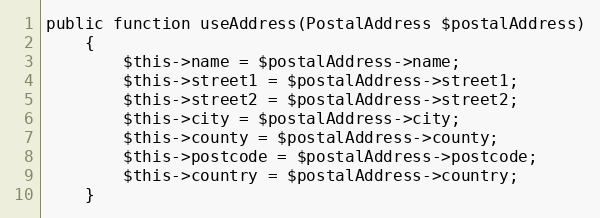
Language: PHP
public function useAddress(PostalAddress $postalAddress)
    {
        $this->name = $postalAddress->name;
        $this->street1 = $postalAddress->street1;
        $this->street2 = $postalAddress->street2;
        $this->city = $postalAddress->city;
        $this->county = $postalAddress->county;
        $this->postcode = $postalAddress->postcode;
        $this->country = $postalAddress->country;
    }